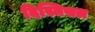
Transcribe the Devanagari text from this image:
दिस्मिसल